Report of the Indian Hemp Drugs Commission, 1894-1895 - Volume I
Year: 1894
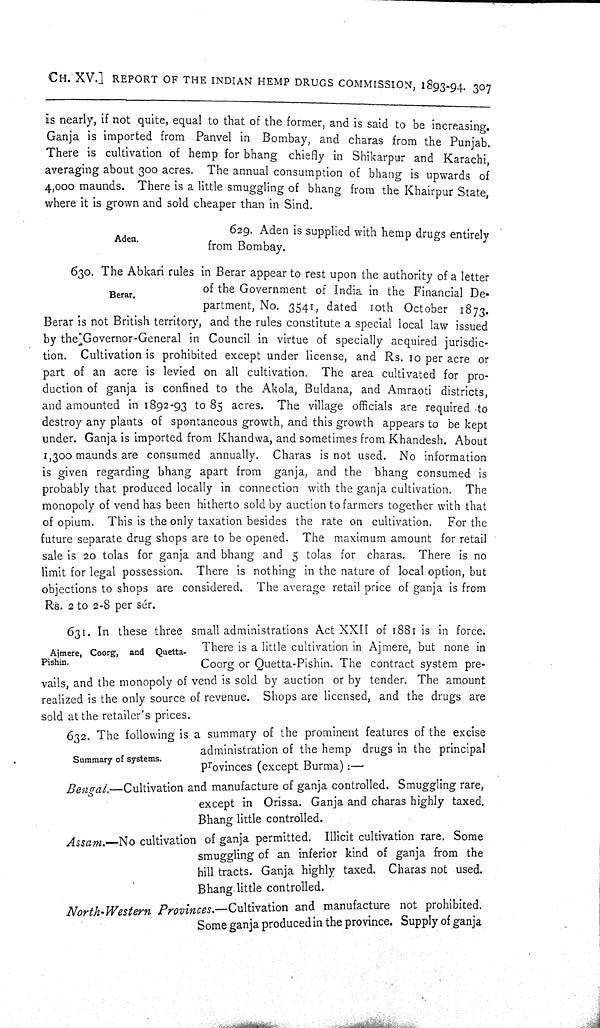
CH. XV.] REPORT OF THE INDIAN HEMP DRUGS COMMISSION, 1893-94. 307
is nearly, if not quite, equal to that of the former, and is said to be increasing.
Ganja is imported from Panvel in Bombay, and charas from the Punjab.
There is cultivation of hemp for bhang chiefly in Shikarpur and Karachi,
averaging about 300 acres. The annual consumption of bhang is upwards of
4,000 maunds. There is a little smuggling of bhang from the Khairpur State,
where it is grown and sold cheaper than in Sind.
Aden.
629. Aden is supplied with hemp drugs entirely
from Bombay.
Berar.
630. The Abkari rules in Berar appear to rest upon the authority of a letter
of the Government of India in the Financial De-
partment, No. 3541, dated 10th October 1873.
Berar is not British territory, and the rules constitute a special local law issued
by the Governor-General in Council in virtue of specially acquired jurisdic-
tion. Cultivation is prohibited except under license, and Rs. 10 per acre or
part of an acre is levied on all cultivation. The area cultivated for pro-
duction of ganja is confined to the Akola, Buldana, and Amraoti districts,
and amounted in 1892-93 to 85 acres. The village officials are required to
destroy any plants of spontaneous growth, and this growth appears to be kept
under. Ganja is imported from Khandwa, and sometimes from Khandesh. About
1,300 maunds are consumed annually. Charas is not used. No information
is given regarding bhang apart from ganja, and the bhang consumed is
probably that produced locally in connection with the ganja cultivation. The
monopoly of vend has been hitherto sold by auction to farmers together with that
of opium. This is the only taxation besides the rate on cultivation. For the
future separate drug shops are to be opened. The maximum amount for retail
sale is 20 tolas for ganja and bhang and 5 tolas for charas. There is no
limit for legal possession. There is nothing in the nature of local option, but
objections to shops are considered. The average retail price of ganja is from
Rs. 2 to 2.8 per sér.
Ajmere, Coorg, and Quetta-
Pishin.
631. In these three small administrations Act XXII of 1881 is in force.
There is a little cultivation in Ajmere, but none in
Coorg or Quetta-Pishin. The contract system pre-
vails, and the monopoly of vend is sold by auction or by tender. The amount
realized is the only source of revenue. Shops are licensed, and the drugs are
sold at the retailer's prices.
Summary of systems.
632. The following is a summary of the prominent features of the excise
administration of the hemp drugs in the principal
provinces (except Burma):—
Bengal.—Cultivation
and manufacture of ganja controlled. Smuggling rare,
except in Orissa. Ganja and charas highly taxed.
Bhang little controlled.
Assam.—No cultivation of ganja permitted. Illicit cultivation rare. Some
smuggling of an inferior kind of ganja from the
hill tracts. Ganja highly taxed. Charas not used.
Bhang little controlled.
North-Western
Provinces.—Cultivation
and manufacture not prohibited.
Some ganja produced in the province. Supply of ganja